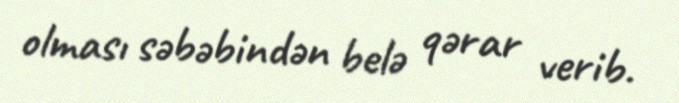
olması səbəbindən belə qərar verib.